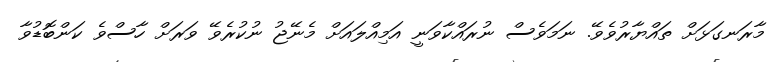
މާރަނގަޅަށް ތައްޔާރުވެވޭ. ނަމަވެސް ނުރައްކާވަނީ އަމިއްލައަށް މެނޭޖު ނުކުރެވޭ ވަރަށް ހާސްވެ ކަންބޮޑުވާ